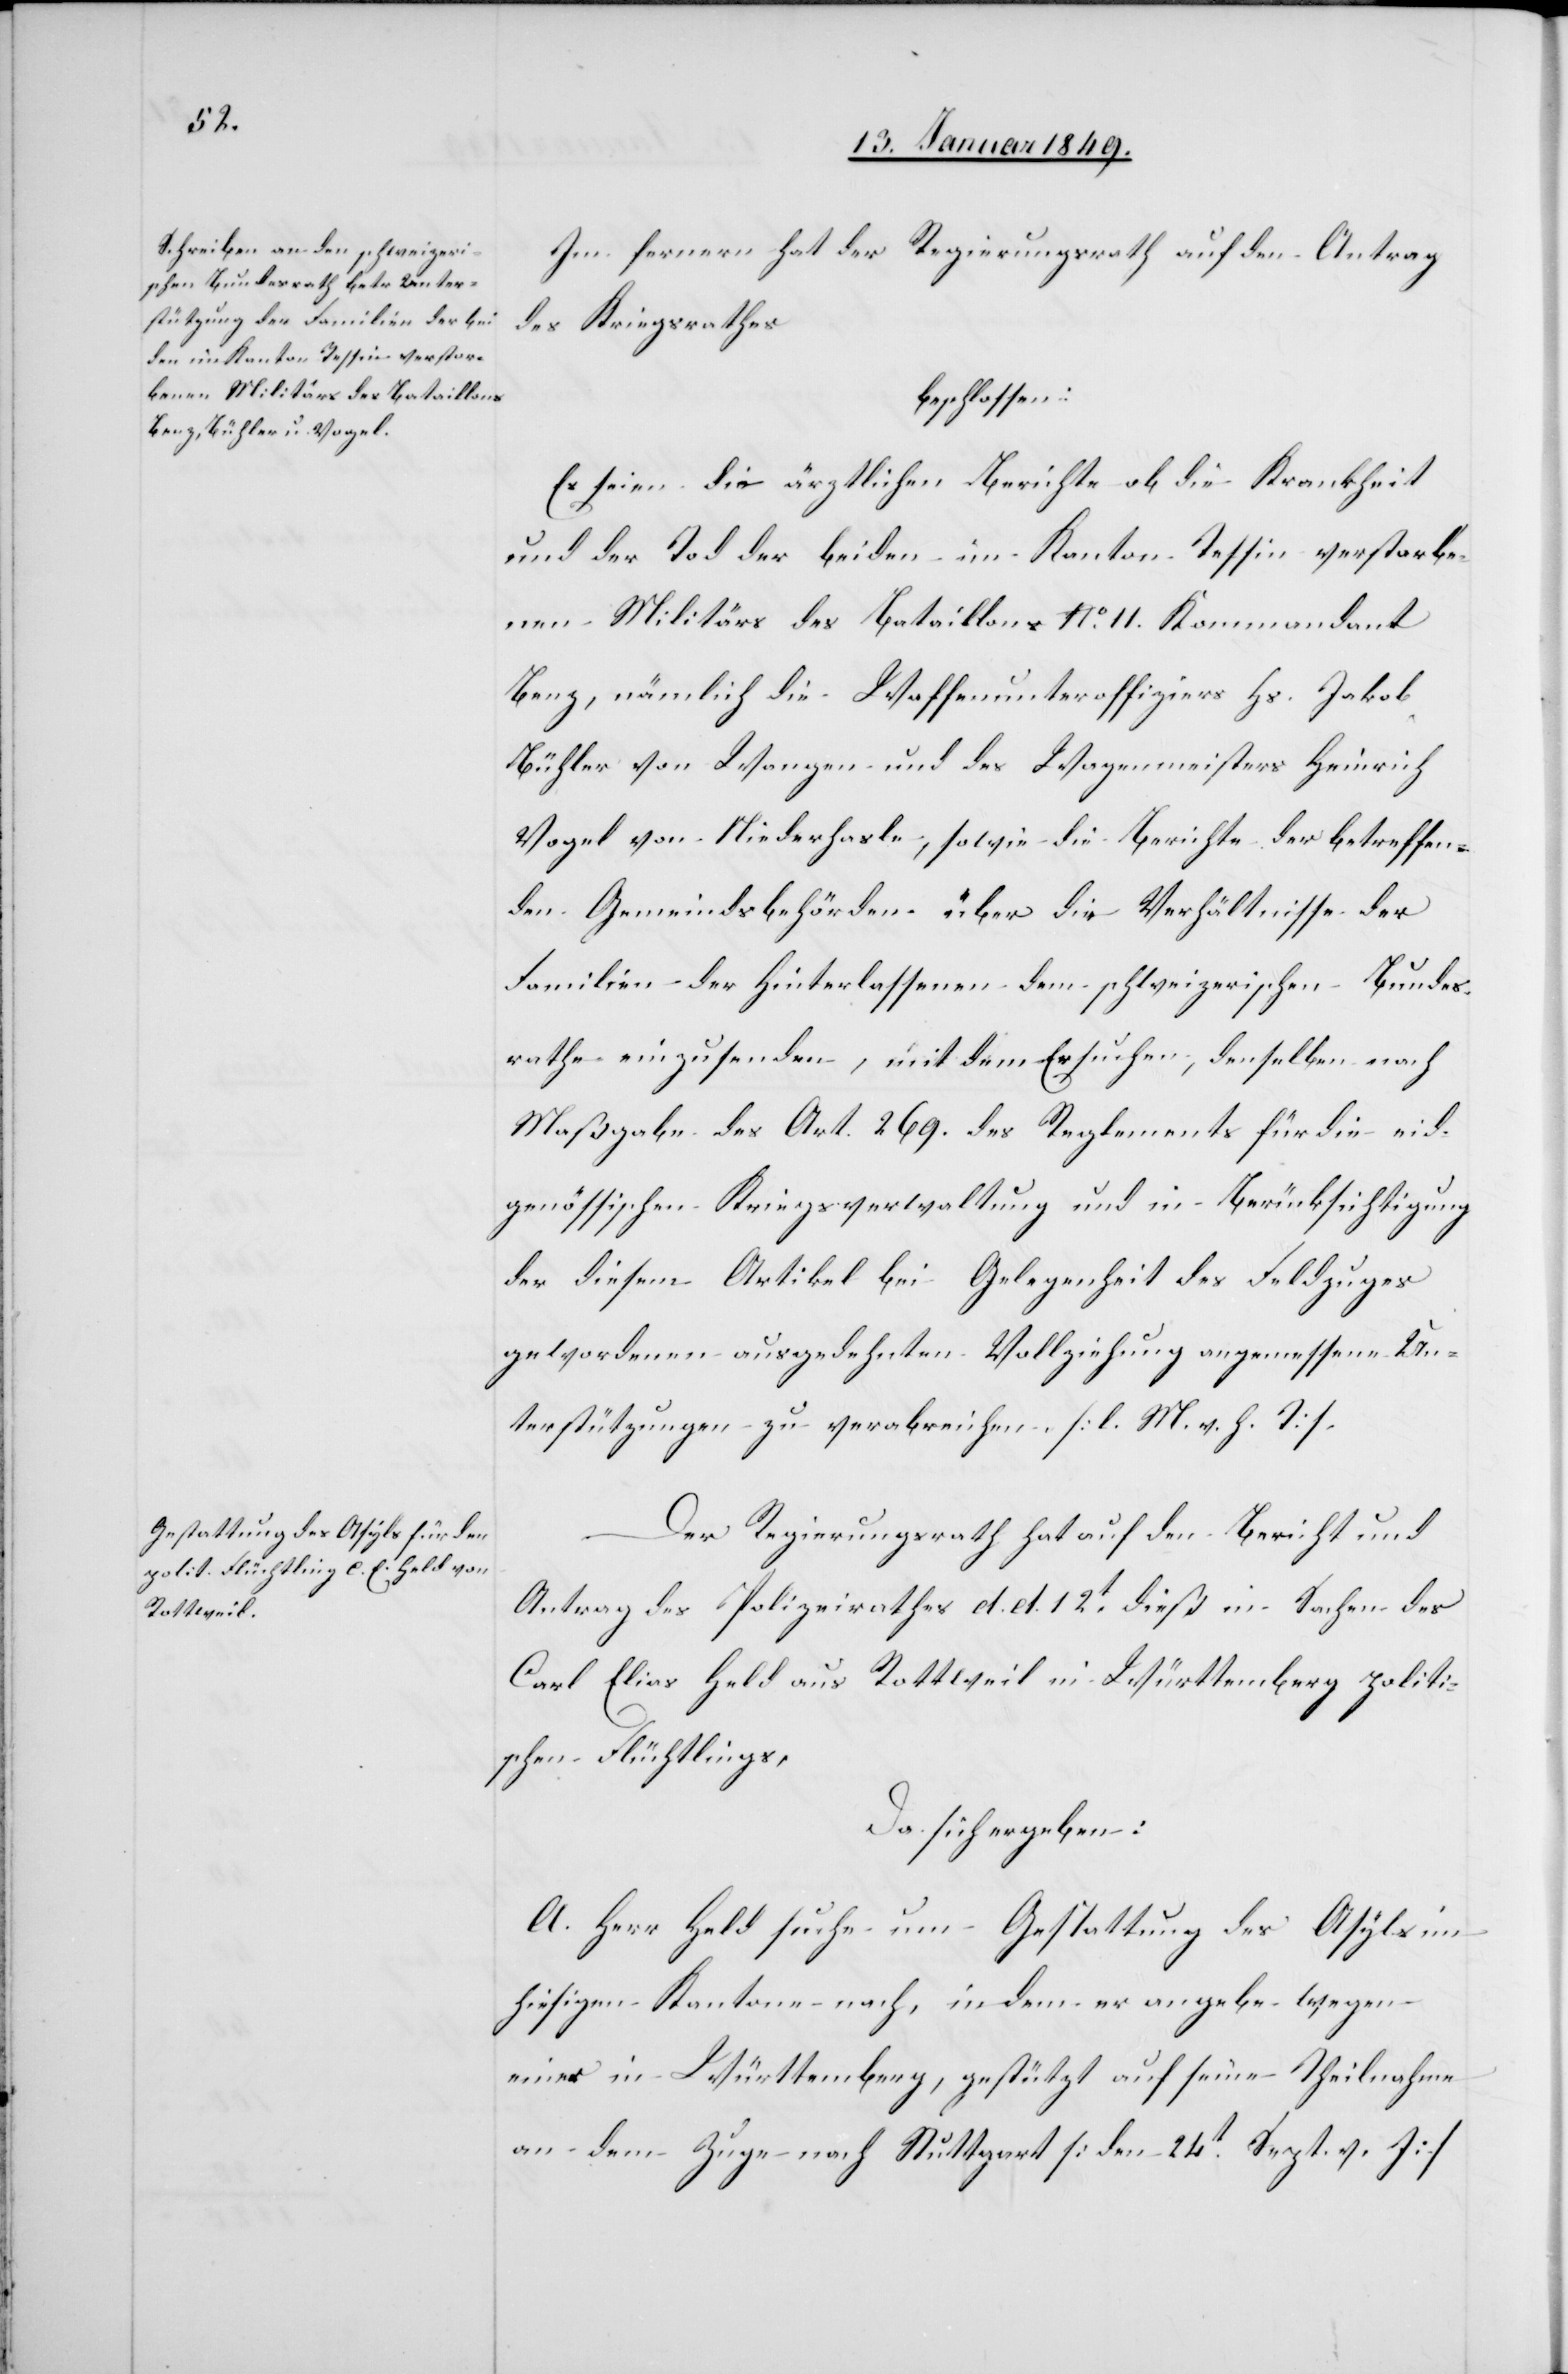
Im fernern hat der Regierungsrath auf den Antrag
des Kriegsrathes
beschlossen:
Es seien die ärztlichen Berichte ob die Krankheit
und der Tod der beiden im Kanton Tessin verstorbe¬
nen Militärs des Bataillons No. 11. Kommandant
Benz, nämlich die Waffenunteroffiziers Hs. Jakob
Bühler von Wangen und des Wagnermeisters Heinrich
Vogel von Niederhasle, sowie die Berichte der betreffen¬
den Gemeindsbehörden über die Verhältnisse der
Familien der Hinterlassenen dem schweizerischen Bundes¬
rathe einzusenden, mit dem Ersuchen, denselben nach
Maßgabe des Art. 269. des Reglements für die eid¬
genössischen Kriegsverwaltung und in Berücksichtigung
der diesem Artikel bei Gelegenheit des Feldzuges
gewordenen ausgedehnten Vollziehung angemessene Un¬
terstützungen zu verabreichen. [l. M. v. h. T]
Der Regierungsrath hat auf den Bericht und
Antrag des Polizeirathes d. d. 12t. dieß in Sachen des
Carl Elias Held aus Rottweil in Württemberg politi¬
schen Flüchtlings,
Da sich ergeben:
A. Herr Held suche um Gestattung des Asyls im
hiesigen Kanton nach, indem er angebe wegen
einer in Württemberg, gestützt auf seine Theilnahme
an dem Zuge nach Stuttgart [den 24t. Sept. v. J.]